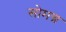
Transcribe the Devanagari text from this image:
सोमन्न